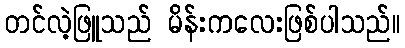
တင်လဲ့ဖြူသည် မိန်းကလေးဖြစ်ပါသည်။